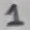
Text: 1